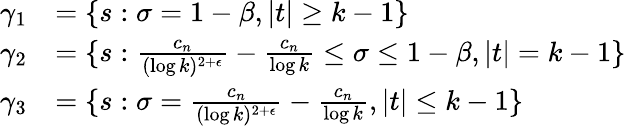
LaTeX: \begin{array}{rl}{\gamma_{1}}&{=\{ s:\sigma=1-\beta,|t|\geq k-1\} }\\ {\gamma_{2}}&{=\{ s:\frac{c_{n}}{(\log k)^{2+\epsilon}}-\frac{c_{n}}{\log k}\leq\sigma\leq 1-\beta,|t|=k-1\} }\\ {\gamma_{3}}&{=\{ s:\sigma=\frac{c_{n}}{(\log k)^{2+\epsilon}}-\frac{c_{n}}{\log k},|t|\leq k-1\} }\end{array}